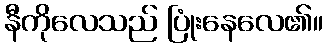
နီကိုလေသည် ပြုံးနေလေ၏။